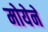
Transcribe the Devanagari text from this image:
मोयेने